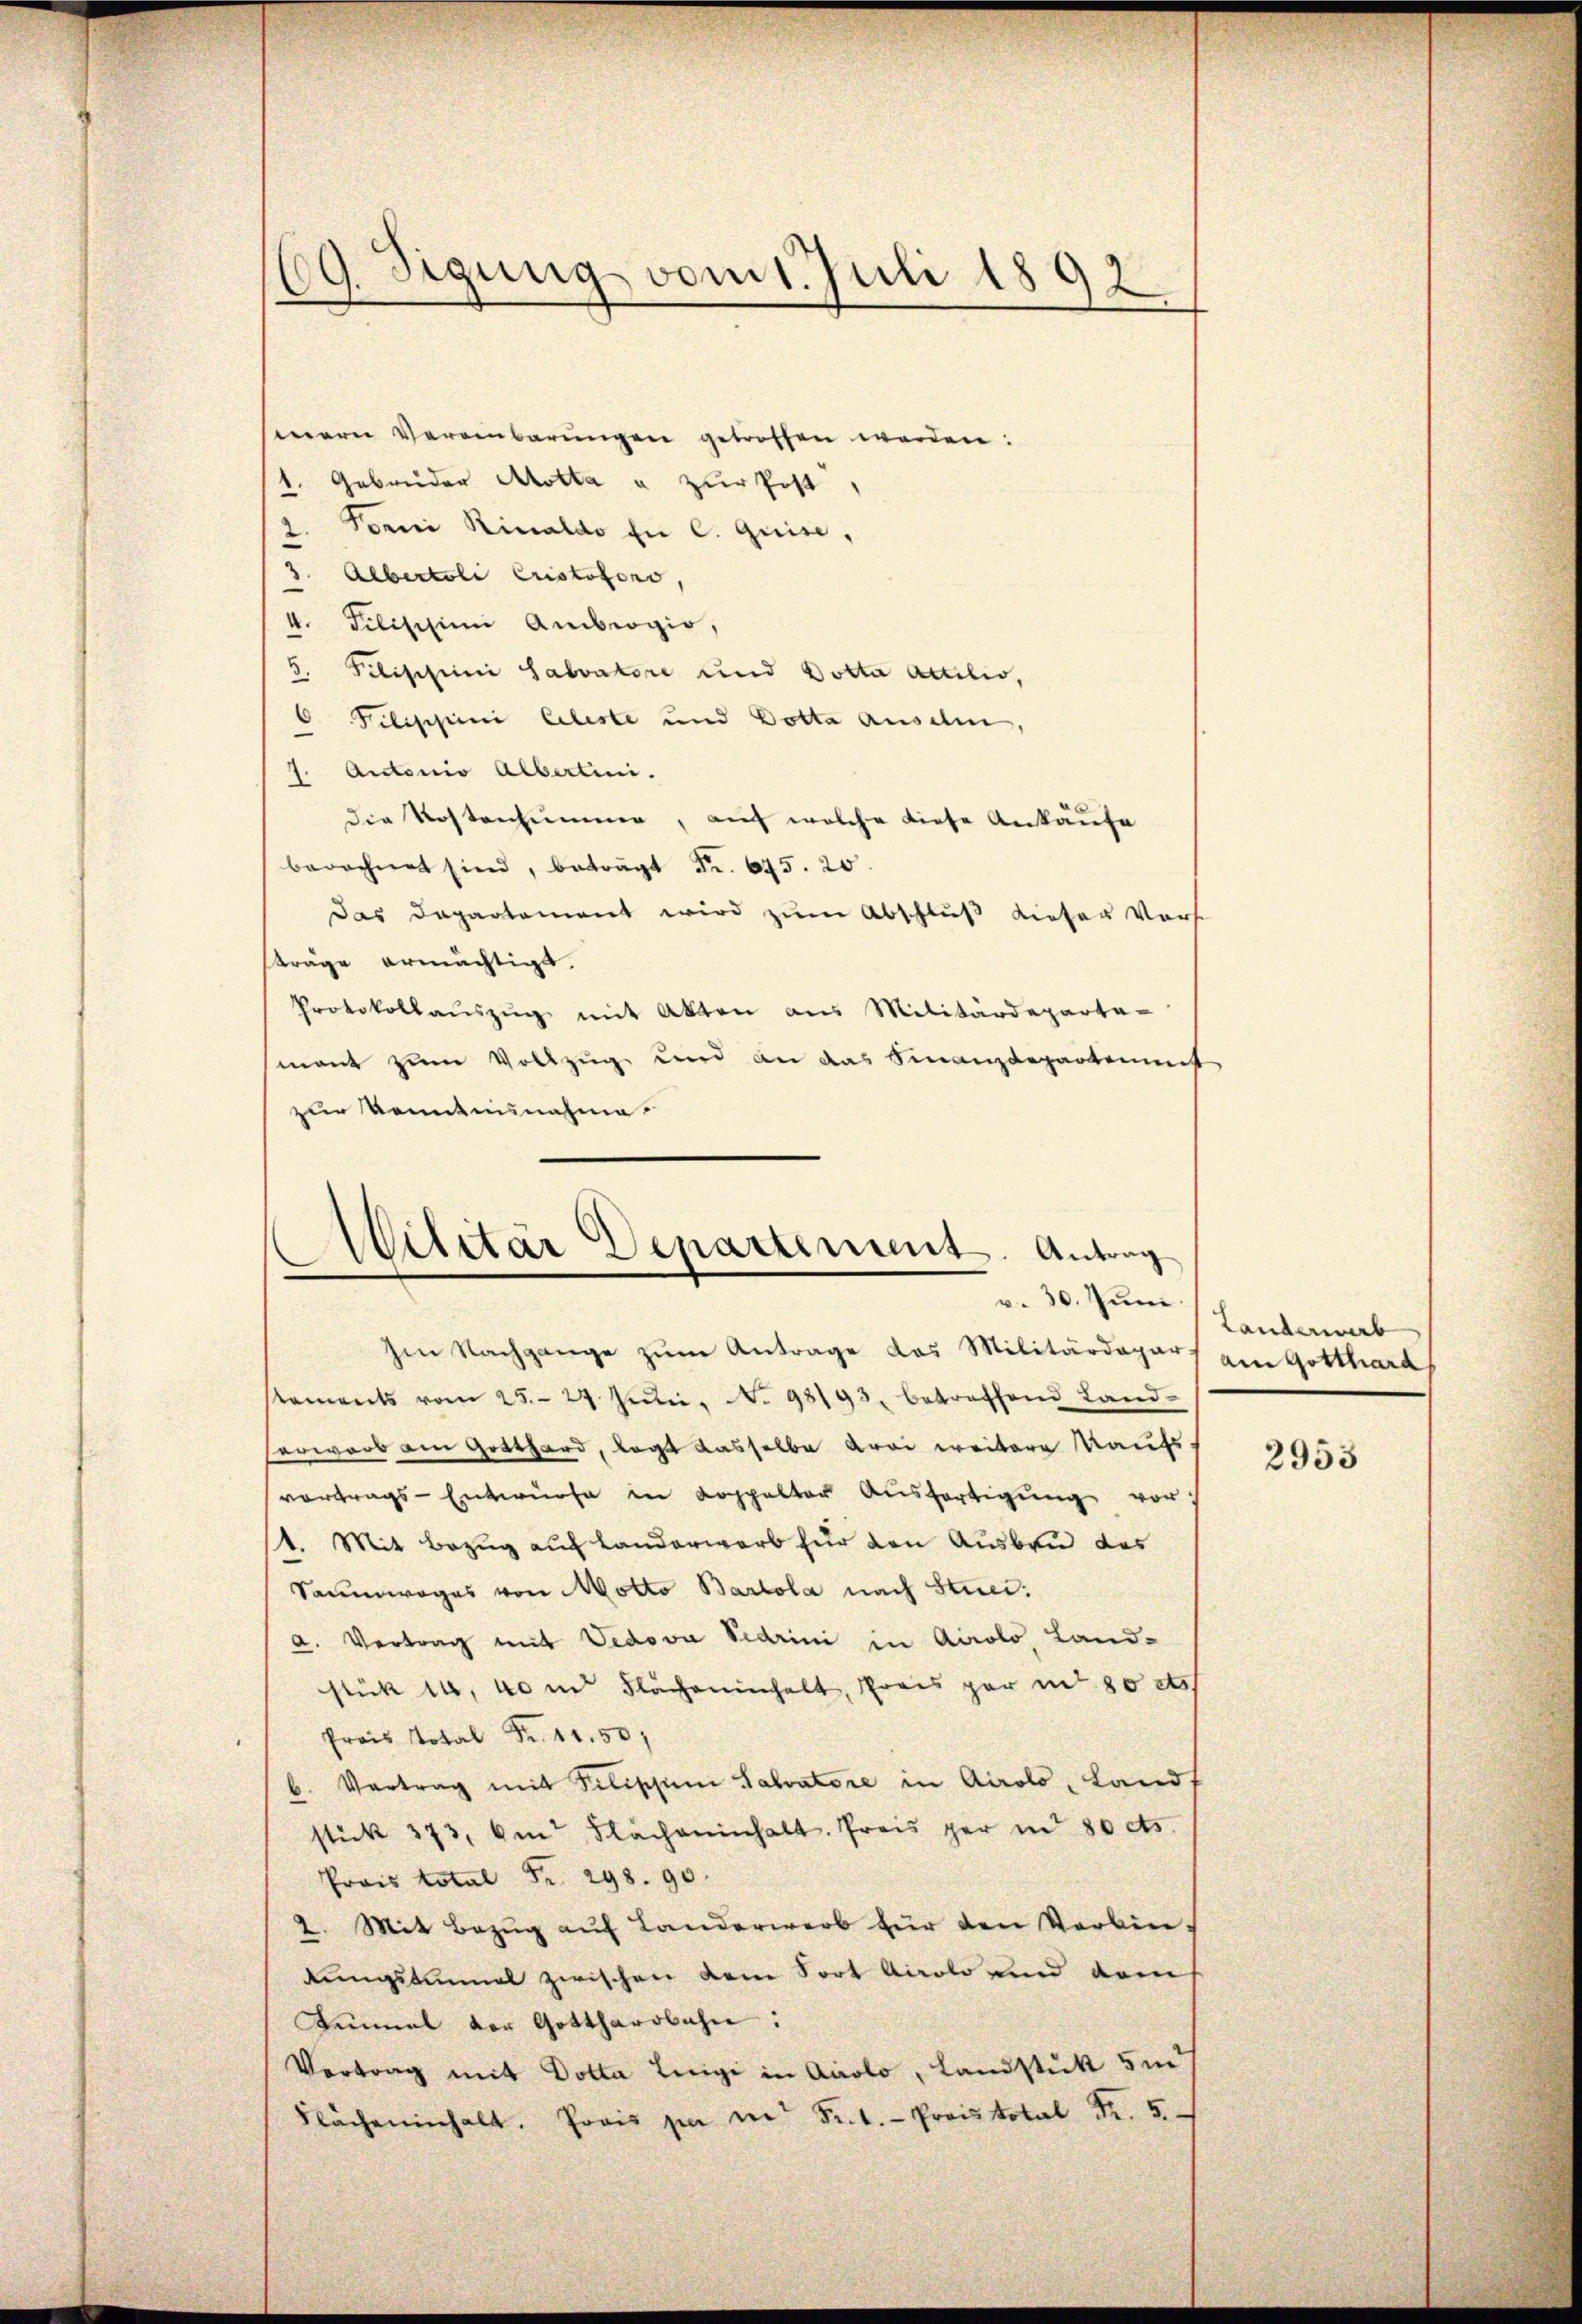
19. Sigung vom 1. Juli 1892

mern Vereinbarungen getroffen werden:
1. Gebrüder Motta u. zur Post
2. Tonni Rinaldo in C. Quise,
3. Albertoli Cristofono,
4. Pilisisimi Ambrogio,
5. Pilischeini Sabvatore und Dotta Attilio,
Pilischini Celeste und Dotta auseln,
7. Antonio Albertini.
die Kostensumme, auf welche diese Ankaufe
berechnet sind, beträgt Fr. 645. 20.
Das Departement wird zum Abschluß dieser Vorst
träge ermächtigt.
Protokollaŭszŭg mit Akten aus Militärdeparta-
mant zum Vollzug und an das Finanzdepartement
zur Kenntnisnahme.

Wilitär Departement. Antrag
v. 30. Juni
Im Nachgange zum Antrage das Militärdepart am Gotthard

taments vom 25. 24 Julii. N. 98193, betreffend Land-
erwarb am Gotthard, legt dasselbe drei weitere Kaufs,
vortrags-Entwürfe in Koppelter Ausfertigung vor¬
1. Mit Bezug auf Landerwarb für von Ausbau des
Sauwages von Motto Bartola nach Stund:
a. Vertrag mit Vedova Vedrini in Airolo, Land-
stück 14, 40 m Flächeninhalt, Preis gar in 80 et
rs Total Fr. 1150
b. Vertrag mit Filischen Salvatore in Airolo, Lands
stück 373, Am Flächeninhalt. Preis per in 80 cts.
Prois total Fr. 298. 90.
2. Mit Bezŭg aŭf Landerwerb für den Verbin-
kungstenmal zwischen dem Fort Airolo und dem
Iinmal vor Gotthardbahn:
Vertrag mit Dolta Luigi in Arolo, Landstük 5m
Flächeninhalt. Prois par in Fr. 1.- Preistotal Fr. 5.

Landerwerb

2953